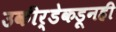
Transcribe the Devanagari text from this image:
उकीर्डेकडूनही